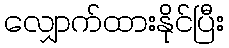
လျှောက်ထားနိုင်ပြီး